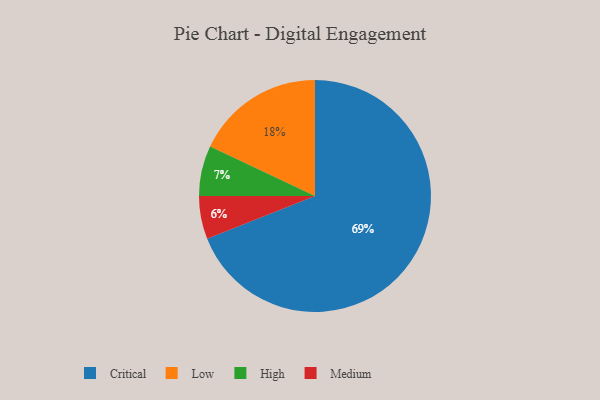
{"axis": {"x": "Category", "y": "Percentage"}, "legend": ["Critical", "High", "Low", "Medium"], "data": [{"x": "Medium", "y": 6, "type": "Medium"}, {"x": "Low", "y": 18, "type": "Low"}, {"x": "High", "y": 7, "type": "High"}, {"x": "Critical", "y": 69, "type": "Critical"}]}